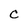
Character: C